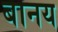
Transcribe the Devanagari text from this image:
बानय